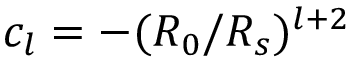
c _ { l } = - ( R _ { 0 } / R _ { s } ) ^ { l + 2 }